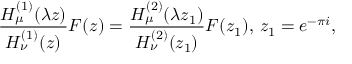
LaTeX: \frac { H _ { \mu } ^ { ( 1 ) } ( \lambda z ) } { H _ { \nu } ^ { ( 1 ) } ( z ) } F ( z ) = \frac { H _ { \mu } ^ { ( 2 ) } ( \lambda z _ { 1 } ) } { H _ { \nu } ^ { ( 2 ) } ( z _ { 1 } ) } F ( z _ { 1 } ) , \, z _ { 1 } = e ^ { - \pi i } ,